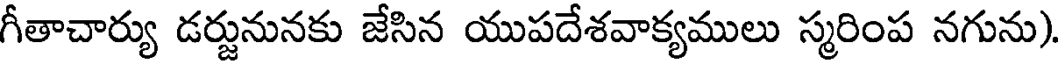
గీతాచార్యు డర్జునునకు జేసిన యుపదేశవాక్యములు స్మరింప నగును)